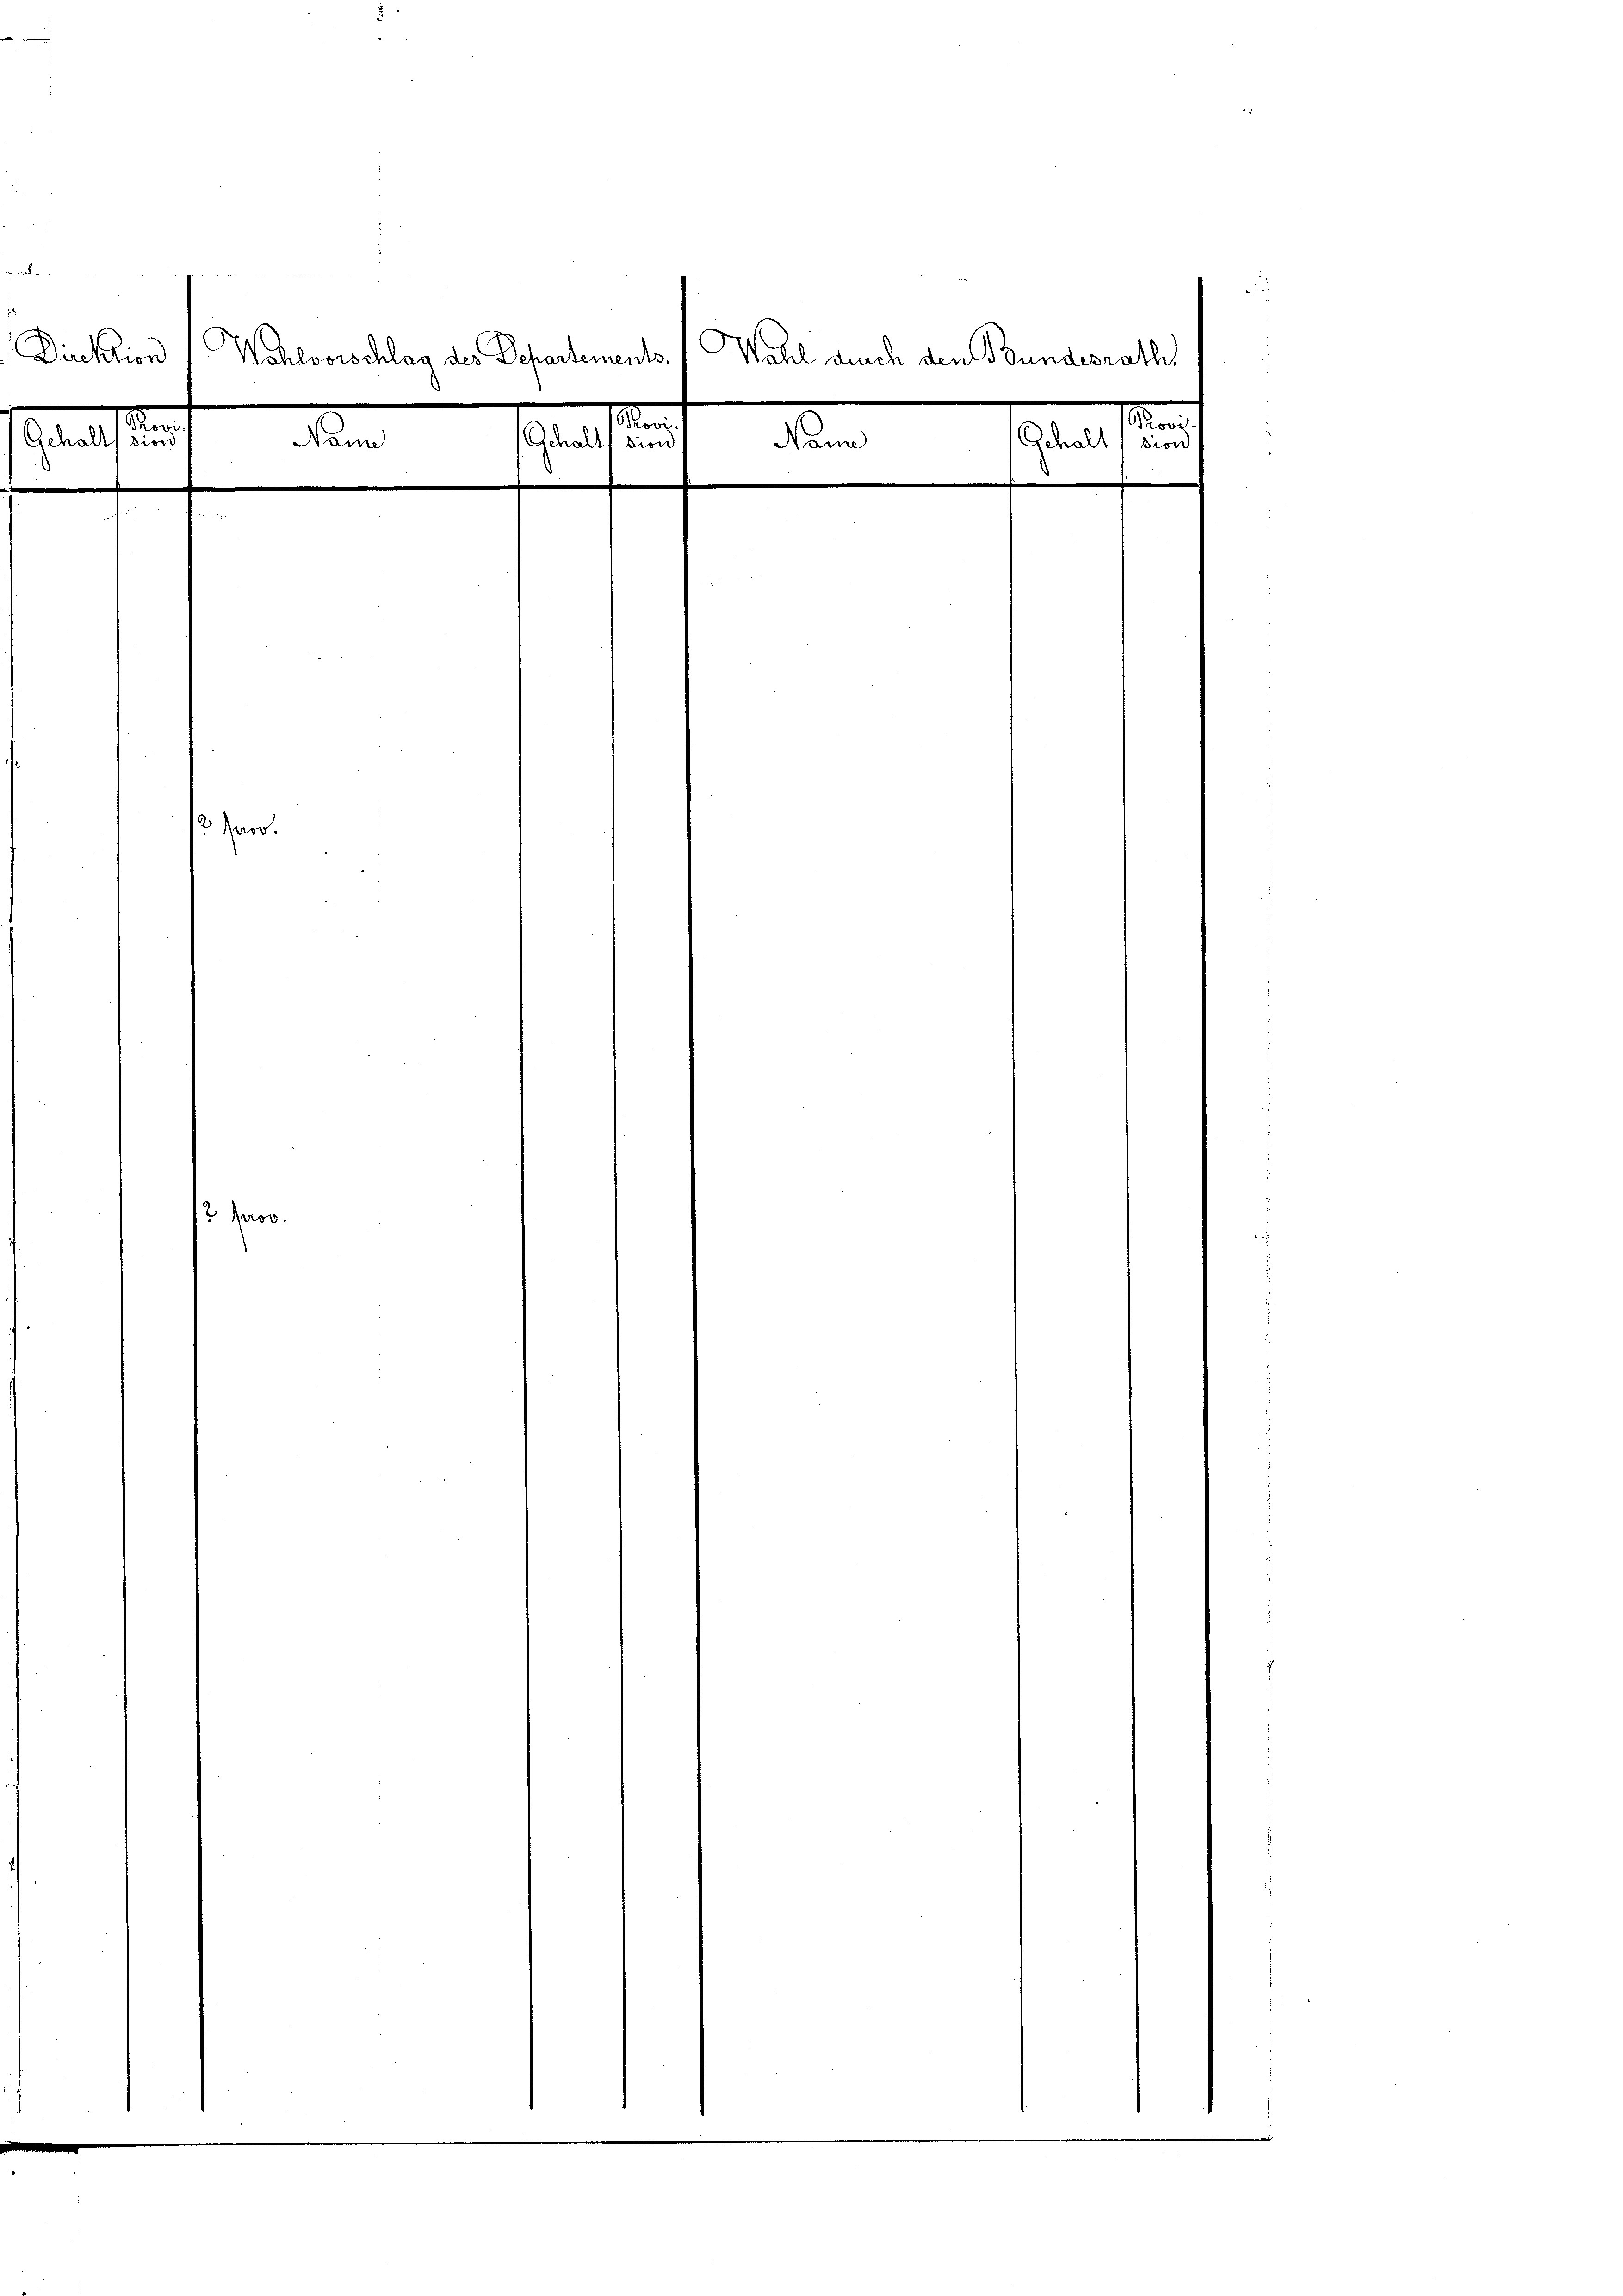
L.
Direktion
n
Gehaltssion
Nann

Wahlvorschlag des Departements
d
d
Gehalt sion
2 Jaro.

12. Jaco

Wohl auch den Bundesrath,
n
d
Gehalt, sion
Mann